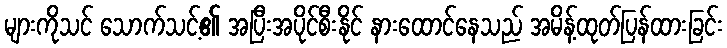
များကိုသင် သောက်သင့်၏ အပြီးအပိုင်စီးနိုင် နားထောင်နေသည် အမိန့်ထုတ်ပြန်ထားခြင်း